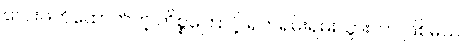
လေးဖက်ထောက်တဲ့ ကိစ္စကြောင့် ရှက်ရမ်းရမ်းသွားတာ ဖြစ်မယ်။